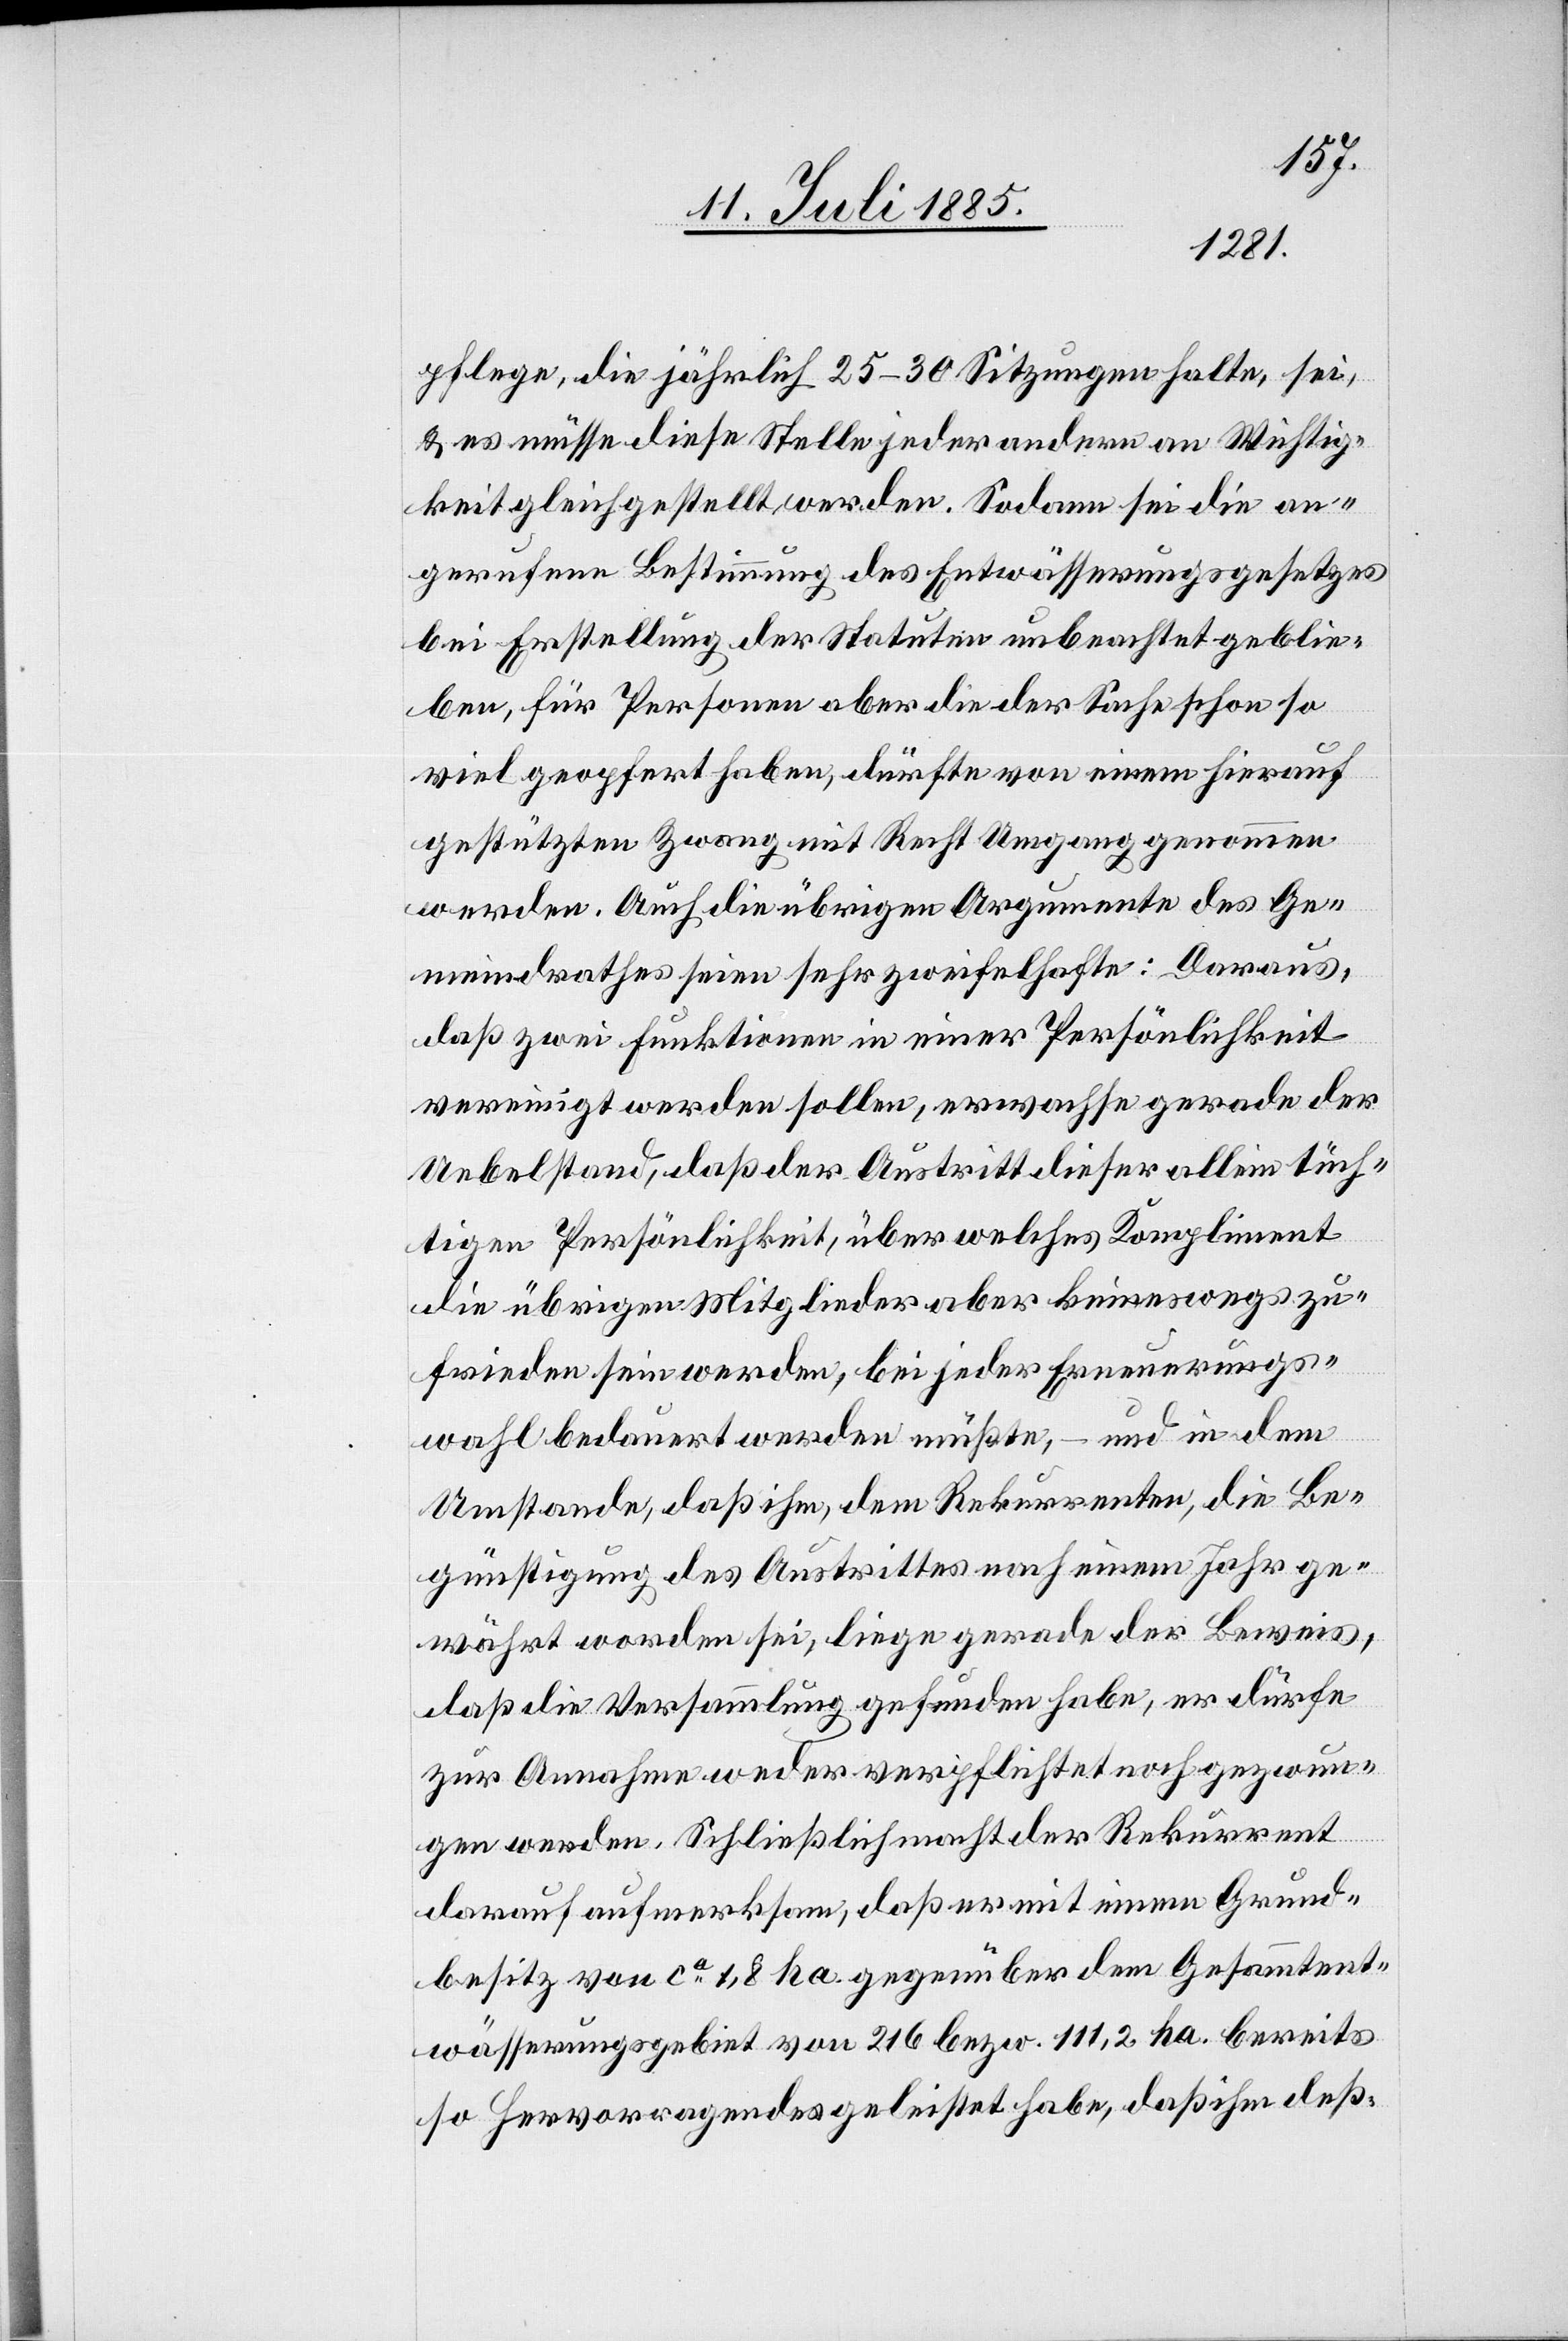
pflege, die jährlich 25–30 Sitzungen halte, sei,
& es müsse diese Stelle jeder andern an Wichtig¬
keit gleichgestellt werden. Sodann sei die an¬
gerufene Bestimmung des Entwässerungsgesetzes
bei Erstellung der Statuten unbeachtet geblie¬
ben, für Personen aber die der Sache schon so
viel geopfert haben, dürfte von einem hierauf
gestützten Zwang mit Recht Umgang genommen
werden. Auch die übrigen Argumente des Ge¬
meindrathes seien sehr zweifelhafte: Daraus,
daß zwei Funktionen in einer Persönlichkeit
vereinigt werden sollen, erwachse gerade der
Uebelstand, daß der Austritt dieser allein tüch¬
tigen Persönlichkeit, über welches Kompliment
die übrigen Mitglieder aber keineswegs zu¬
frieden sein werden, bei jeder Erneuerungs¬
wahl bedauert werden müßte, – und in dem
Umstande, daß ihm, dem Rekurrenten, die Be¬
günstigung des Austrittes nach einem Jahr ge¬
währt worden sei, liege gerade der Beweis,
daß die Versammlung gefunden habe, er dürfe
zur Annahme weder verpflichtet noch gezwun¬
gen werden. Schließlich macht der Rekurrent
darauf aufmerksam, daß er mit einem Grund¬
besitz von ca 1,8 ha gegenüber dem Gesammtent¬
wässerungsgebiet von 216 bezw. 111,2 ha. bereits
so Hervorragendes geleistet habe, daß ihm deß-